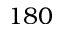
1 8 0